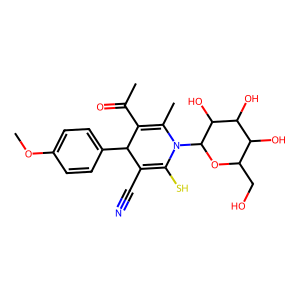
SMILES: COc1ccc(C2C(C#N)=C(S)N(C3OC(CO)C(O)C(O)C3O)C(C)=C2C(C)=O)cc1
Inhibits HIV replication: No